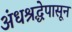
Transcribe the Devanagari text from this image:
अंधश्रद्धेपासून